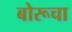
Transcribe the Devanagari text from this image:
बोरूचा